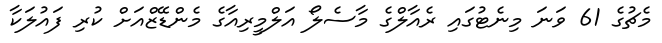
މެޗުގެ 61 ވަނަ މިނެޓުގައި ރެއާލްގެ މާސެލޯ އަލްމީރިއާގެ މެންޑޭޒްއަށް ކުރި ފައުލަކާ